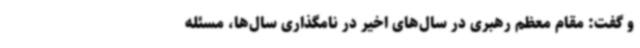
و گفت: مقام معظم رهبری در سال‌های اخیر در نامگذاری سال‌ها، مسئله